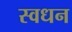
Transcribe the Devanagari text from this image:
स्वधन